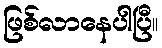
ဖြစ်လာနေပါပြီ။